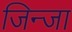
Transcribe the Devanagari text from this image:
जिन्जा